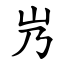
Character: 㞧